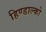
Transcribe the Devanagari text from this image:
हिण्डाल्को